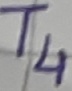
Text: T4